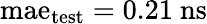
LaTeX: \mathrm{mae}_{\mathrm{test}}=0.21~\mathrm{ns}